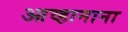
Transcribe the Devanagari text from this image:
आव्हानाना